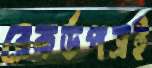
রেকর্ডপত্রই